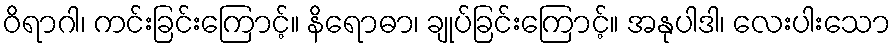
ဝိရာဂါ၊ ကင်းခြင်းကြောင့်။ နိရောဓာ၊ ချုပ်ခြင်းကြောင့်။ အနုပါဒါ၊ လေးပါးသော